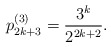
\begin{align*}p_{2k+3}^{(3)} = \frac{3^{k}}{2^{2k+2}}.\end{align*}